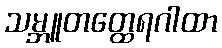
သမ္ဘူတတ္ထေရဂါထာ